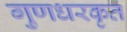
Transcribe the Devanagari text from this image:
गुणधरकृत